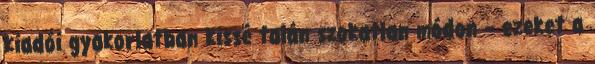
kiadói gyakorlatban kissé talán szokatlan módon – ezeket a